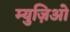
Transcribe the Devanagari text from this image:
म्युज़िओ